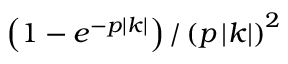
\left( { 1 - e ^ { - p \left| k \right| } } \right) / \left( p \left| k \right| \right) ^ { 2 }